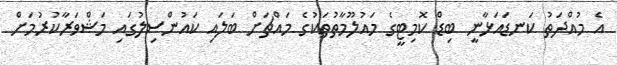
އެ މުއްދަތު ކަނޑައަޅާނީ ބިޑް ކޮމިޓީގެ މައުލޫމާތުތަކުގެ މައްޗަށް ބަލައި ކައުންސިލުގައި މަޝްވަރާކުރުމަށް